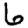
Digit: 6